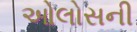
ઓલોસની